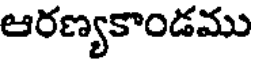
ఆరణ్యకాండము